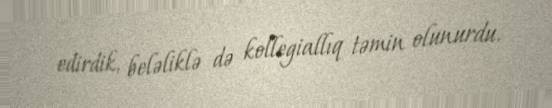
edirdik, beləliklə də kollegiallıq təmin olunurdu.